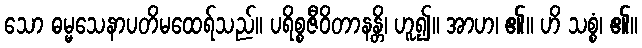
သော ဓမ္မသေနာပတိမထေရ်သည်။ ပရိစ္စဇီဝိတာနန္တိ၊ ဟူ၍။ အာဟ၊ ၏။ ဟိ သစ္စံ၊ ၏။